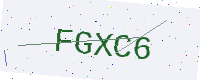
Text: FGXC6